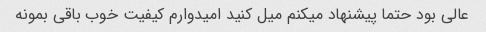
عالی بود حتما پیشنهاد میکنم میل کنید امیدوارم کیفیت خوب باقی بمونه